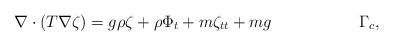
LaTeX: \begin{align*} \nabla\cdot(T\nabla\zeta) &= g\rho\zeta + \rho\Phi_t +m\zeta_{tt} +mg &\Gamma_c,\end{align*}